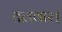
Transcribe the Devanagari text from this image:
तलवार।